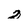
Character: 2